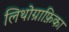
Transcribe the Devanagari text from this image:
लिथोग्राफ़िका